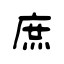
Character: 庶